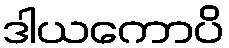
ဒါယကောပိ